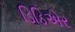
ડિડિએર